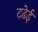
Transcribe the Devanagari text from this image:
टढेई